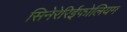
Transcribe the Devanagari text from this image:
सिनेरेरिईफोलियम